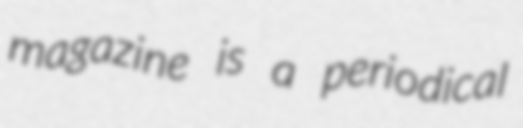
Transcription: magazine is a periodical